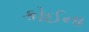
કોઈના